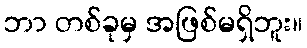
ဘာ တစ်ခုမှ အဖြစ်မရှိဘူး။